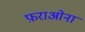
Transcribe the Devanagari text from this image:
फ़राओना